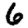
Digit: 6